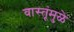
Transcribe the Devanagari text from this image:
वास्तूंमुळे